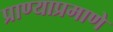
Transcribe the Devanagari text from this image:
प्राण्याप्रमाणे